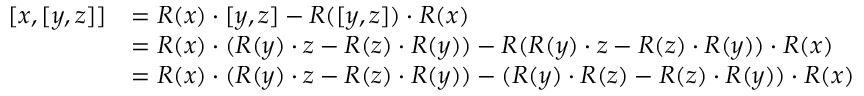
\begin{array} { r l } { [ x , [ y , z ] ] } & { = R ( x ) \cdot [ y , z ] - R ( [ y , z ] ) \cdot R ( x ) } \\ & { = R ( x ) \cdot ( R ( y ) \cdot z - R ( z ) \cdot R ( y ) ) - R ( R ( y ) \cdot z - R ( z ) \cdot R ( y ) ) \cdot R ( x ) } \\ & { = R ( x ) \cdot ( R ( y ) \cdot z - R ( z ) \cdot R ( y ) ) - ( R ( y ) \cdot R ( z ) - R ( z ) \cdot R ( y ) ) \cdot R ( x ) } \end{array}